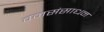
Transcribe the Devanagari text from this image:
वनसंसाधन